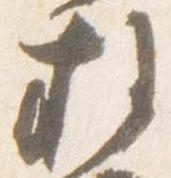
権